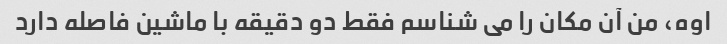
اوه، من آن مکان را می شناسم فقط دو دقیقه با ماشین فاصله دارد